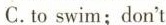
C. to swim;don't